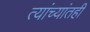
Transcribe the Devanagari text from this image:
त्यांच्यांतही